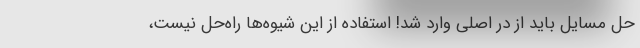
حل مسایل باید از در اصلی وارد شد! استفاده از این شیوه‌‌ها راه‌حل نیست،